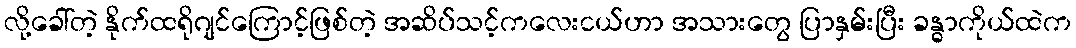
လို့ခေါ်တဲ့ နိုက်ထရိုဂျင်ကြောင့်ဖြစ်တဲ့ အဆိပ်သင့်ကလေးငယ်ဟာ အသားတွေ ပြာနှမ်းပြီး ခန္ဓာကိုယ်ထဲက